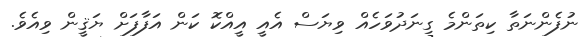
ނުފެންނަތާ ކިތަންމެ ގިނަދުވަހެއް ވިޔަސް އެއީ އީއްކޮ ކަން އަފާފަށް ޔަޤީން ވިއެވެ.